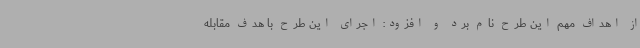
از اهداف مهم این طرح نام برد و افزود: اجرای این طرح با هدف مقابله